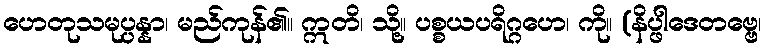
ဟေတုသမုပ္ပန္နာ၊ မည်ကုန်၏။ ဣတိ၊ သို့။ ပစ္စယပရိဂ္ဂဟေ၊ ကို။ (နိပ္ဖါဒေတဗ္ဗေ၊